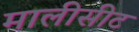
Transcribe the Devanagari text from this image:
मालीसीट